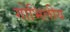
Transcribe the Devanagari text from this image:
गोभिलीय